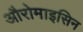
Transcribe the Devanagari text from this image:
औरोमाइसिन